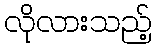
လိုလားသည့်